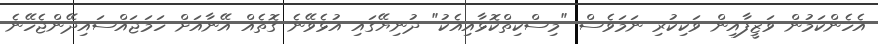
އެހެންކަމުން ވަޒީފާއިން ވަކިކުރި ނަމަވެސް "މިސްކިތްކޮޅާއިއެކު" ދުނިޔޭގައި އުޅެވޭނެ ގޮތެއް އޭނާއަށް ހަމަޖައްސައިދޭންޖެހޭނެ